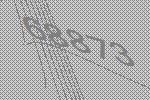
68873